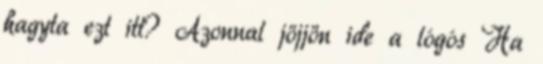
hagyta ezt itt? Azonnal jöjjön ide a lógós Ha